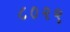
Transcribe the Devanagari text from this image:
८०२९